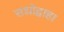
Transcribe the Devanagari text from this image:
सद्योद्वाहा